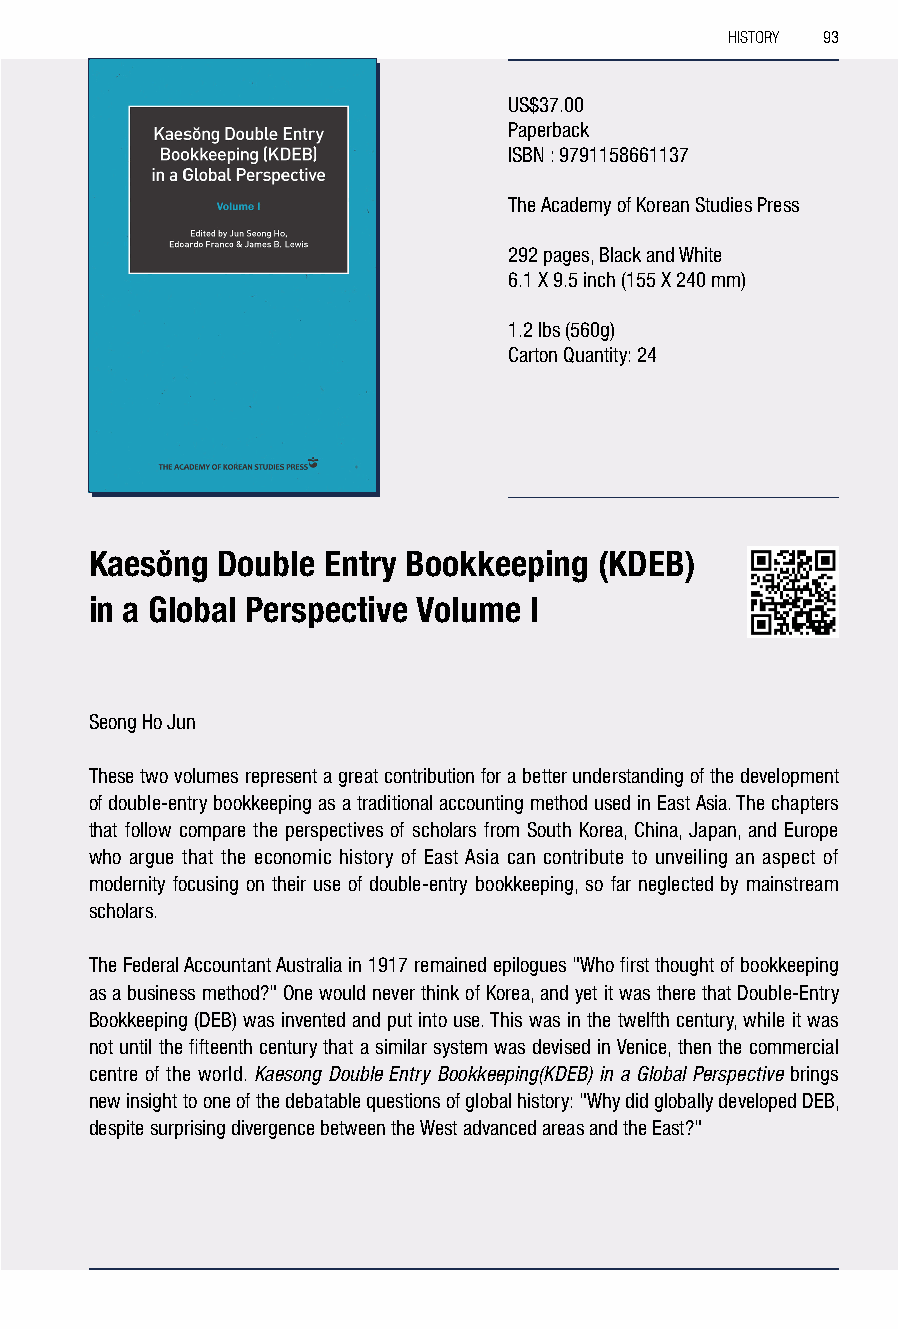
HISTORY 93
 US$37.00
 Paperback
 ISBN : 9791158661137
 The Academy of Korean Studies Press
 292 pages, Black and White
 6.1 X 9.5 inch (155 X 240 mm)
 1.2 lbs (560g)
 Carton Quantity: 24
 Kaesong Double Entry Bookkeeping  (KDEB)
 in a Global Perspective Volume I
 Seong Ho Jun
 These two volumes represent a great contribution for a better understanding of the development
 of double-entry bookkeeping as a traditional accounting method used in East Asia. The chapters
 that follow compare the perspectives of scholars from South Korea, China, Japan, and Europe
 who argue that the economic history of East Asia can contribute to unveiling an aspect of
 modernity focusing on their use of double-entry bookkeeping, so far neglected by mainstream
 scholars.
 The Federal Accountant Australia in 1917 remained epilogues "Who first thought of bookkeeping
 as a business method?" One would never think of Korea, and yet it was there that Double-Entry
 Bookkeeping (DEB) was invented and put into use. This was in the twelfth century, while it was
 not until the fifteenth century that a similar system was devised in Venice, then the commercial
 centre of the world. Kaesong Double Entry Bookkeeping(KDEB) in a Global Perspective brings
 new insight to one of the debatable questions of global history: "Why did globally developed DEB,
 despite surprising divergence between the West advanced areas and the East?"